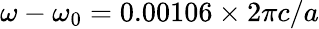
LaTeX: \omega-\omega_{0}=0.00106\times 2\pi c/a